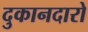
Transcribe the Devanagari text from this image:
दुकानदारो